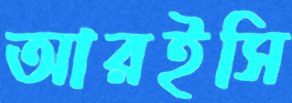
আরইসি